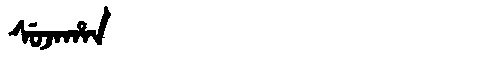
Manchu: ᠰᡠᠵᠠᡥᠠᠨ
Romanization: SUJAHAN